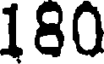
180